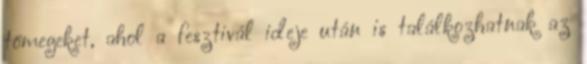
tömegeket, ahol a fesztivál ideje után is találkozhatnak az